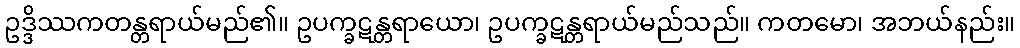
ဥဒ္ဒိဿကတန္တရာယ်မည်၏။ ဥပက္ခဋန္တရာယော၊ ဥပက္ခဋန္တရာယ်မည်သည်။ ကတမော၊ အဘယ်နည်း။